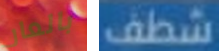
بالعار شطف